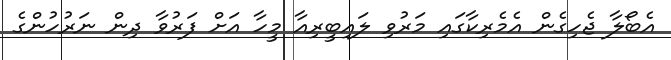
އެބޯލާ ޖެހިގެން އެމެރިކާގައި މަރުވި ލައިބީރިއާ މީހާ އަށް ފަރުވާ ދިން ނަރުހުންގެ